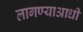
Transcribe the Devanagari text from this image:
लागण्याआधी